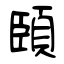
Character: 頣